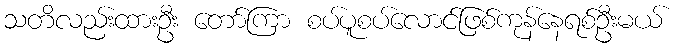
သတိလည်းထားဦး တော်ကြာ စပ်ပူစပ်လောင်ဖြစ်ကုန်နေရစ်ဦးမယ်